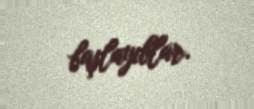
başlayıblar.